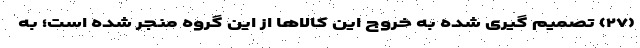
(۲۷) تصمیم گیری شده به خروج این کالاها از این گروه منجر شده است؛ به